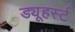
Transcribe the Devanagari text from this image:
ड्यूहर्स्ट